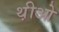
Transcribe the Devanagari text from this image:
थ़ीओ